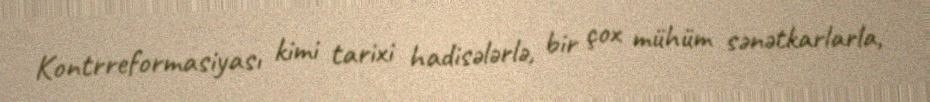
Kontrreformasiyası kimi tarixi hadisələrlə, bir çox mühüm sənətkarlarla,